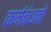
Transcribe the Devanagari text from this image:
कर्मबंधनों